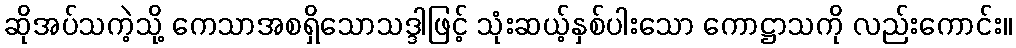
ဆိုအပ်သကဲ့သို့ ကေသာအစရှိသောသဒ္ဒါဖြင့် သုံးဆယ့်နှစ်ပါးသော ကောဋ္ဌာသကို လည်းကောင်း။